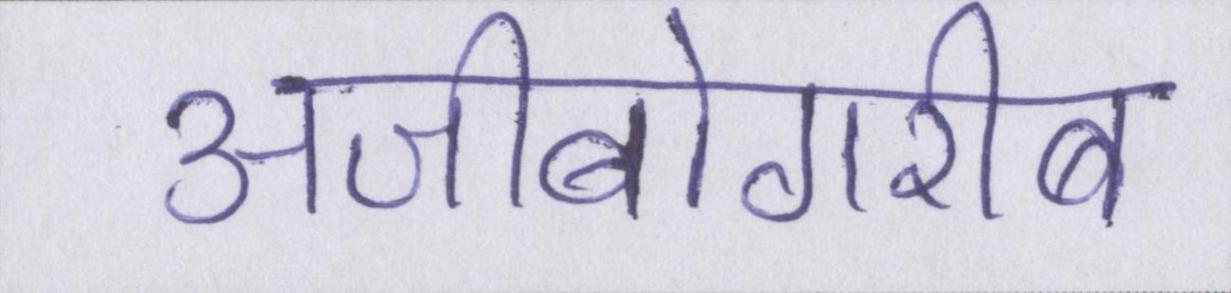
अजीबोगरीब